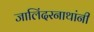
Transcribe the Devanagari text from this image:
जालिंदरनाथांनी